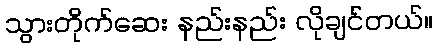
သွားတိုက်ဆေး နည်းနည်း လိုချင်တယ်။